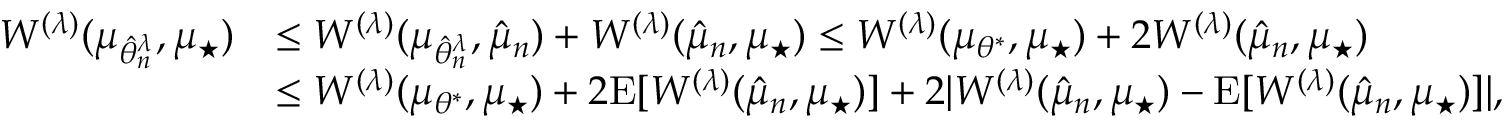
\begin{array} { r l } { W ^ { ( \lambda ) } ( \mu _ { \hat { \theta } _ { n } ^ { \lambda } } , \mu _ { \star } ) } & { \leq W ^ { ( \lambda ) } ( \mu _ { \hat { \theta } _ { n } ^ { \lambda } } , \hat { \mu } _ { n } ) + W ^ { ( \lambda ) } ( \hat { \mu } _ { n } , \mu _ { \star } ) \leq W ^ { ( \lambda ) } ( \mu _ { \theta ^ { * } } , \mu _ { \star } ) + 2 W ^ { ( \lambda ) } ( \hat { \mu } _ { n } , \mu _ { \star } ) } \\ & { \leq W ^ { ( \lambda ) } ( \mu _ { \theta ^ { * } } , \mu _ { \star } ) + 2 \mathrm { E } [ W ^ { ( \lambda ) } ( \hat { \mu } _ { n } , \mu _ { \star } ) ] + 2 \vert W ^ { ( \lambda ) } ( \hat { \mu } _ { n } , \mu _ { \star } ) - \mathrm { E } [ W ^ { ( \lambda ) } ( \hat { \mu } _ { n } , \mu _ { \star } ) ] \vert , } \end{array}